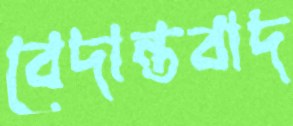
বেদান্তবাদ